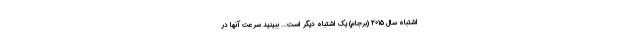
اشتباه سال 2015 (برجام) یک اشتباه دیگر است... ببینید سرعت آنها در